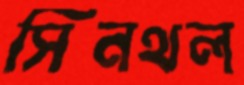
সিনথল